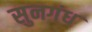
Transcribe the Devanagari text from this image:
सुनगंध